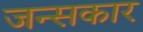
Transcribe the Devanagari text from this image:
जन्सकार